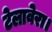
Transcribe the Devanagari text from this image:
टेलावेरा।